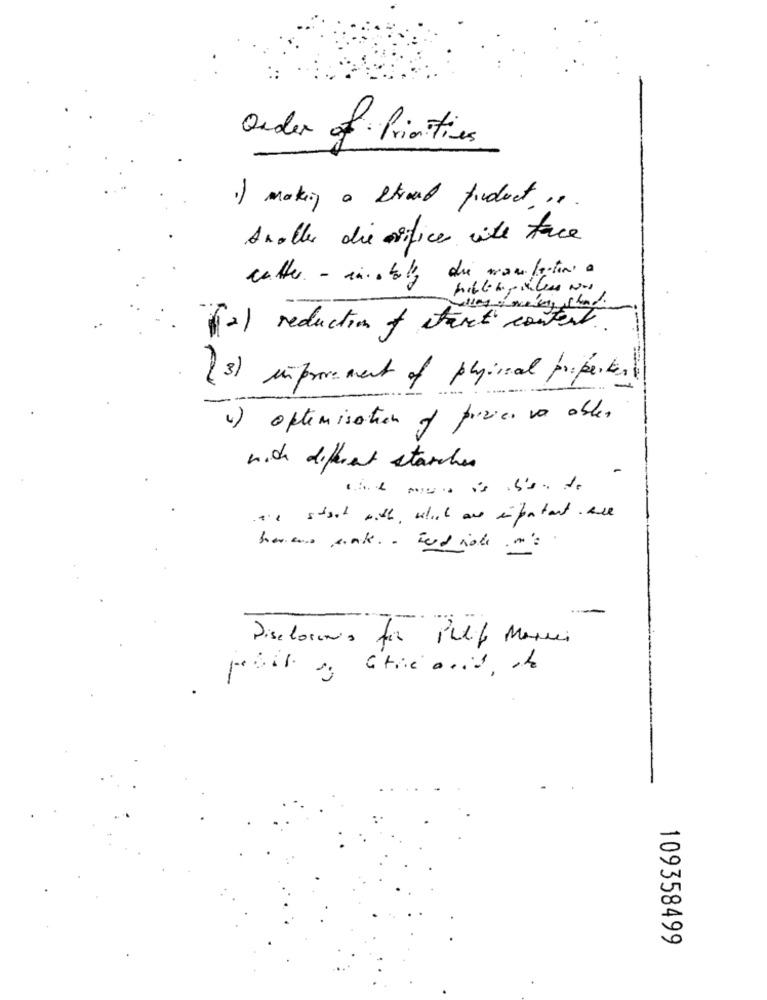
Order of Primitives
1) making a strand findect ..
Aroller die orifice with face
catter - cincobaly die monfaitin a
(2) reduction of tact content.
( 3 ) imporement of physical properties
4) optimisation of pozice va ables
nich different starchen
the start with , which au enpartant . we
-
Disclosenia for Petit Marsei
109358499